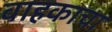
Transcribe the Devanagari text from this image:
वाहकाचा